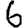
Digit: 6